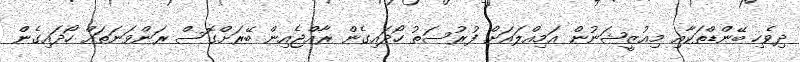
ދިވެހި ބޭންޑްތަކާއި މިއުޒީޝަނުން އަމިއްލައަށް ފުރުސަތު ހޯދައިގެން ރާއްޖެއިން ބޭރަށްގޮސް ރަންވަނަތައް ހޯދައިގެން